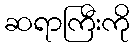
ဆရာကြီးကို